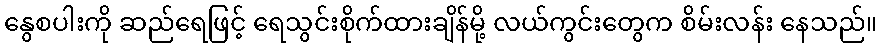
နွေစပါးကို ဆည်ရေဖြင့် ရေသွင်းစိုက်ထားချိန်မို့ လယ်ကွင်းတွေက စိမ်းလန်း နေသည်။